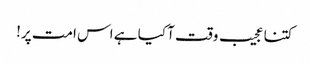
کتنا عجیب وقت آ کیا ہے اس امت پر!